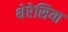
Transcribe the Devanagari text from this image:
थेरेसिया